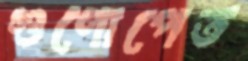
গুণোপেত